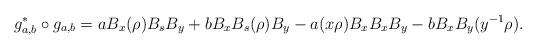
LaTeX: \begin{align*}g_{a,b}^* \circ g_{a,b} = a B_x (\rho)B_s B_y + bB_x B_s (\rho) B_y - a(x\rho) B_xB_xB_y - b B_xB_y(y^{-1}\rho).\end{align*}